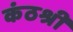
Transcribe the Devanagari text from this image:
कंठश्री